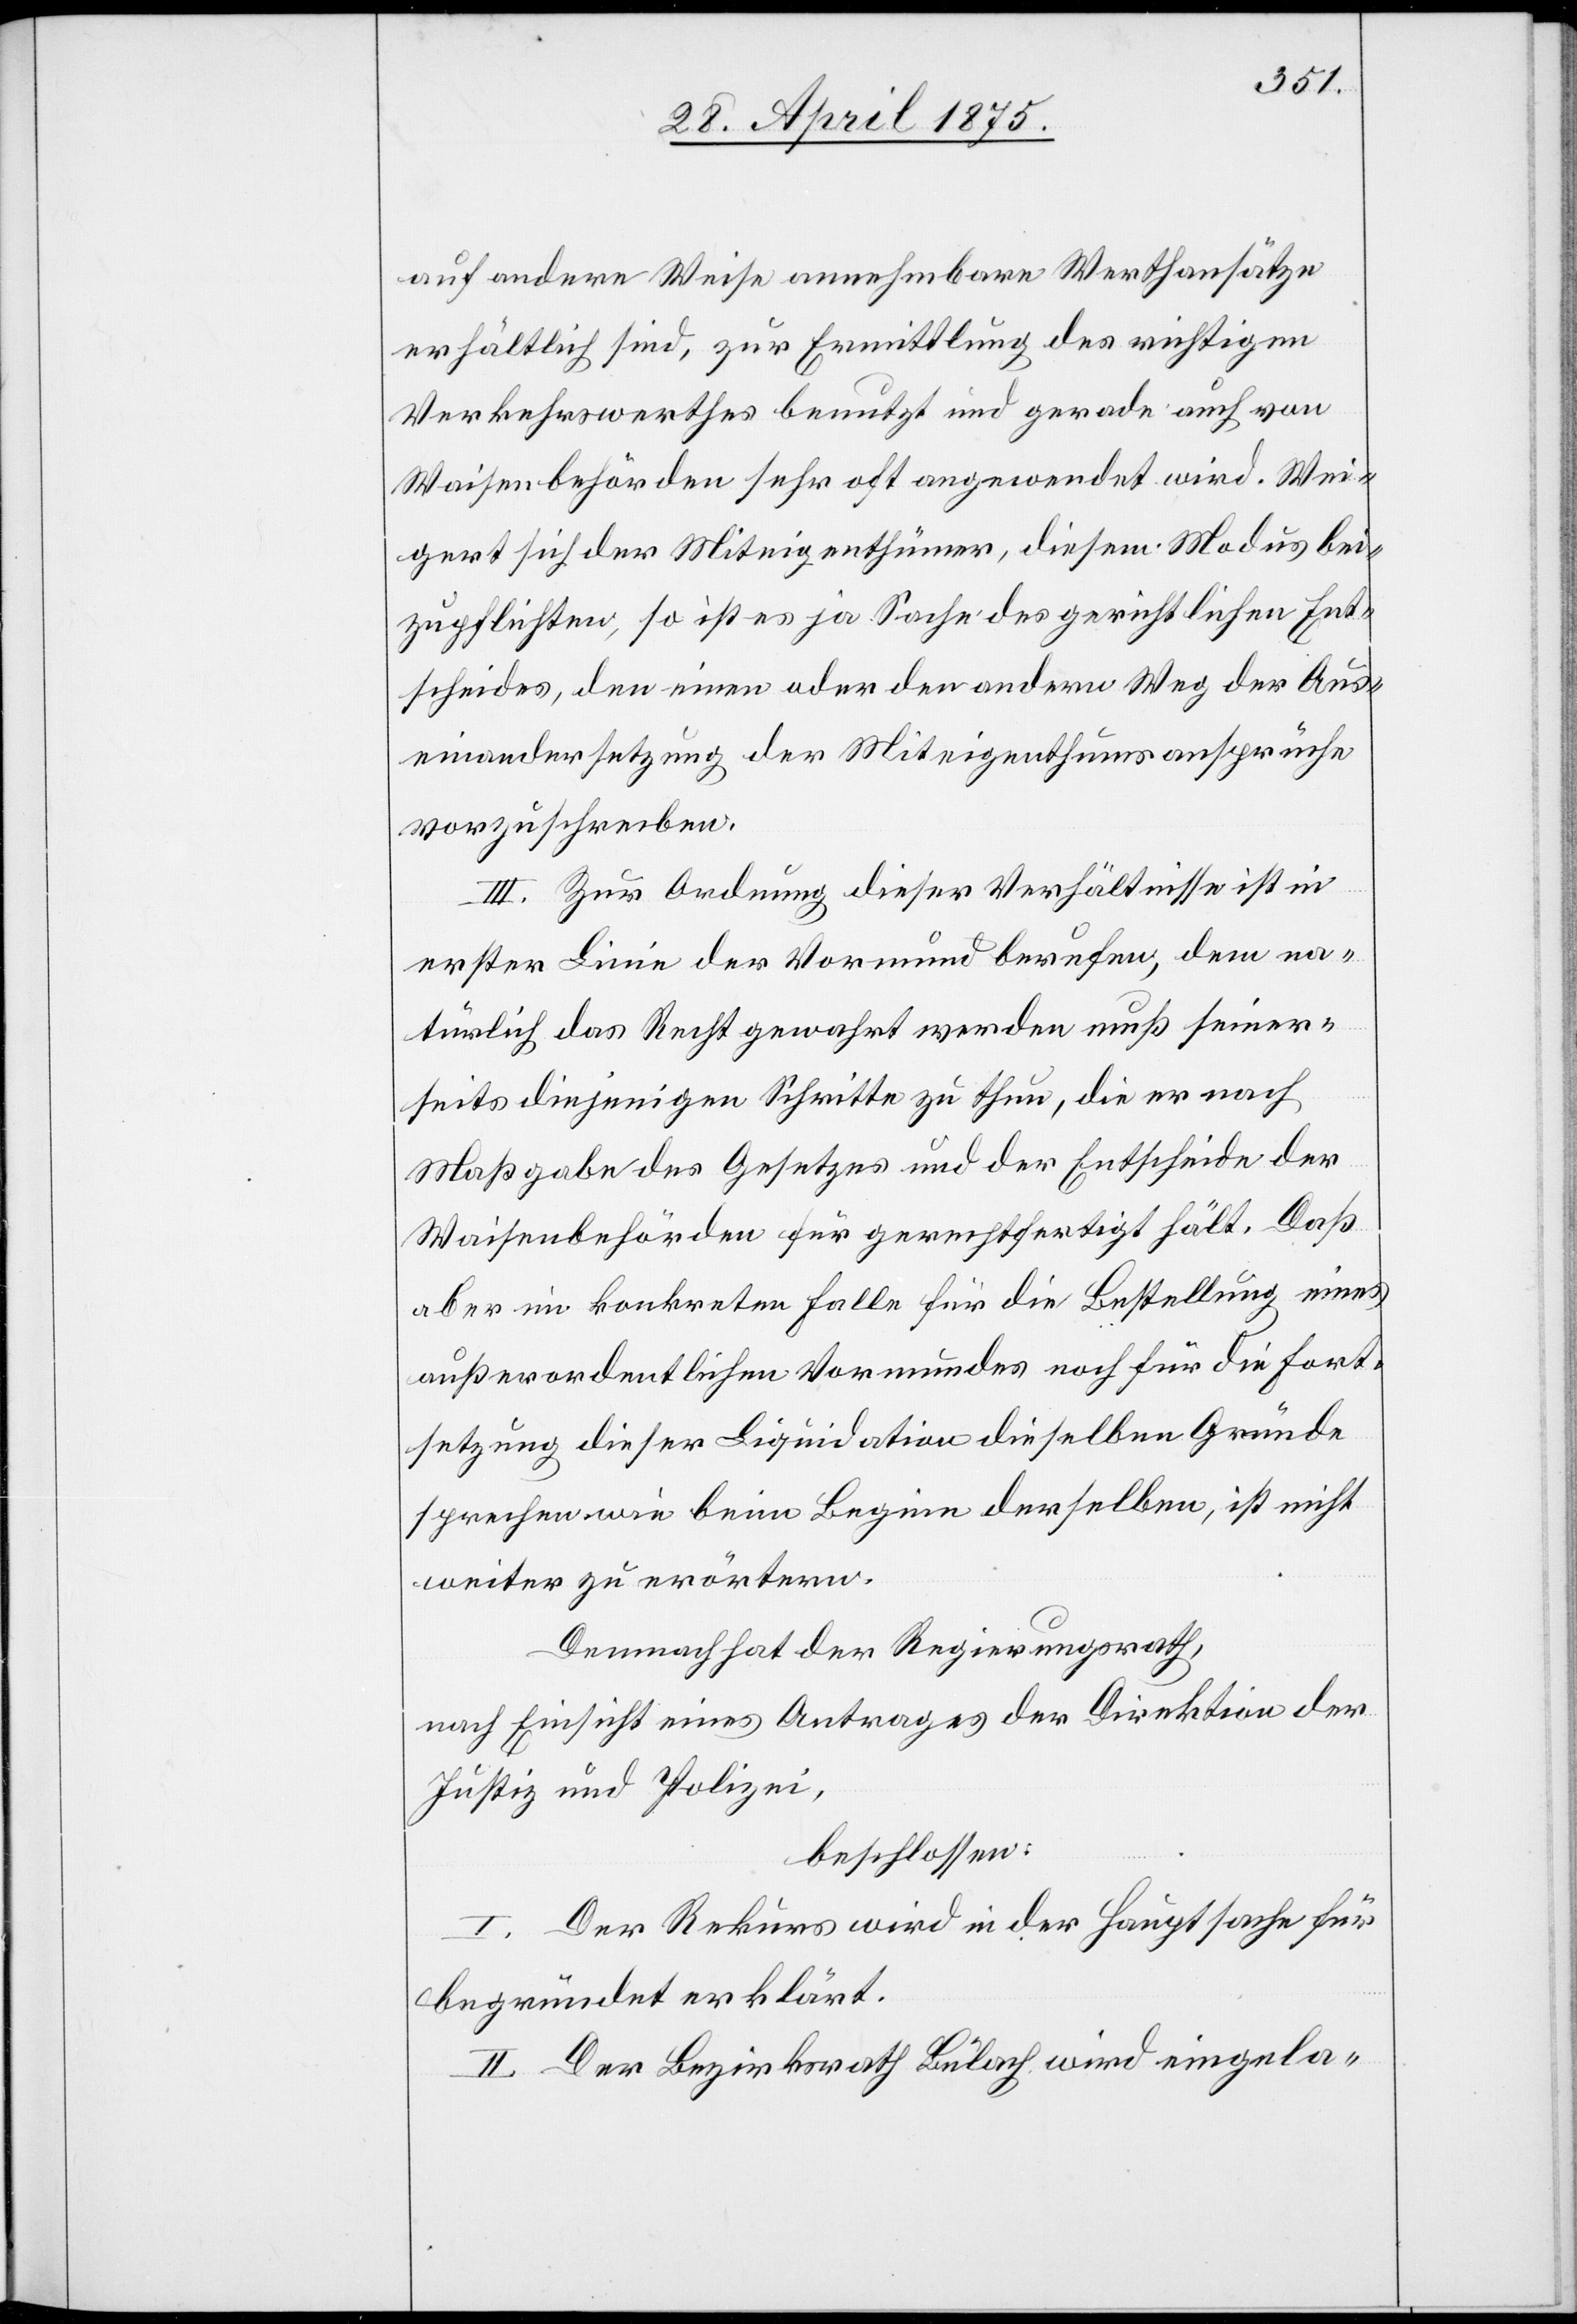
auf andere Weise annehmbare Werthansätze
erhältlich sind, zur Ermittlung des richtigen
Verkehrswerthes benutzt und gerade auch von
Waisenbehörden sehr oft angewendet wird. Wei¬
gert sich der Miteigenthümer, diesem Modus bei¬
zupflichten, so ist es ja Sache des gerichtlichen Ent¬
scheides, den einen oder den andern Weg der Aus¬
einandersetzung der Miteigenthumsansprüche
vorzuschreiben.
III. Zur Ordnung dieser Verhältnisse ist in
erster Linie der Vormund berufen, dem na¬
türlich, das Recht gewahrt werden muß seiner¬
seits diejenigen Schritte zu thun, die er nach
Maßgabe des Gesetzes und der Entscheide der
Waisenbehörden für gerechtfertigt hält. Daß
aber im konkreten Falle für die Bestellung eines
außerordentlichen Vormundes noch für die Fort¬
setzung dieser Liquidation dieselben Gründe
sprechen wie beim Beginn derselben, ist nicht
weiter zu erörtern.
Demnach hat der Regierungsrath,
nach Einsicht eines Antrages der Direktion der
Justiz und Polizei,
beschlossen:
I. Der Rekurs wird in der Hauptsache für
begründet erklärt.
II. Der Bezirksrath Bülach wird eingela-